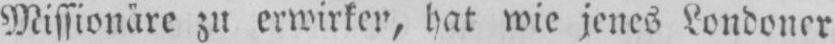
Missionäre zu erwirken, hat wie jenes Londoner